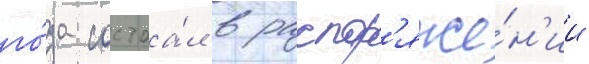
го́да состоа́л в распор'яже́н'ии